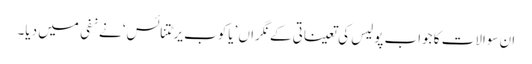
ان سوالات کا جواب پولیس کی تعیناتی کے نگراں ’یاکوب یرٹتنائس‘ نے نفی میں دیا۔